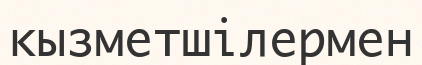
кызметшілермен